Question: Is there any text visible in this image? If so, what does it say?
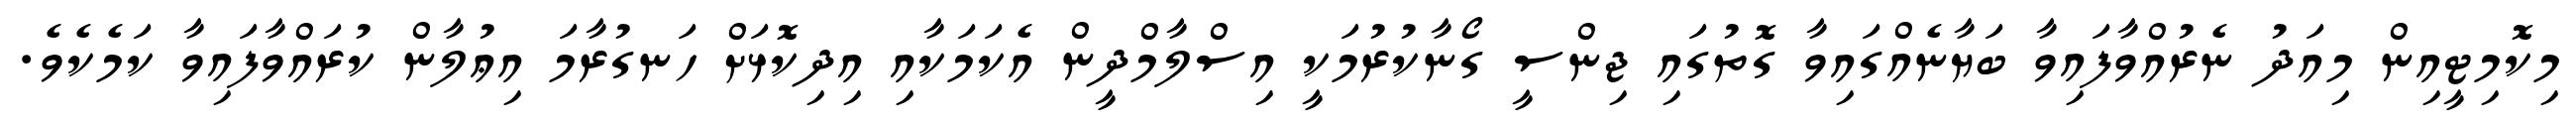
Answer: މިކޮމިޓީއިން މިއަދު ނެރުއްވާފައިވާ ބަޔާނެއްގައިވާ ގޮތުގައި ޖިންސީ ގޯނާކުރުމަކީ އިސްލާމްދީން އެކަމަކާއި އިދިކޮޅަށް ހަނގުރާމަ އިޢުލާން ކުރައްވާފައިވާ ކަމެކެވެ.